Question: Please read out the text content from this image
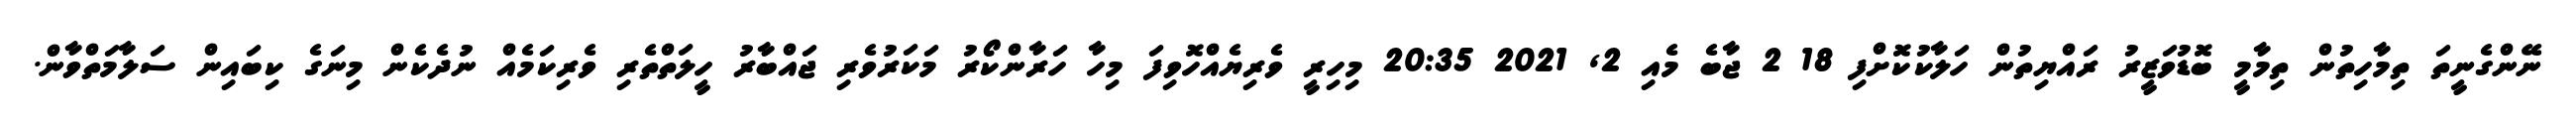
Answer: ނޭންގެނީތަ ތިމާހިތުން ތިމާމީ ބޮޑުވަޒީރު ރައްޔިތުން ހަލާކުކޮށްފި 18 2 ޖާބެ މެއި 2, 2021 20:35 މިހިރީ ވެރިޔެއްހޮވިފަ މިހާ ހަރާންކޯރު މަކަރުވެރި ޖައްބާރު ހީލަތްތެރި ވެރިކަމެއް ނުދެކެން މިނަގެ ކިބައިން ސަލާމަތްވާން.